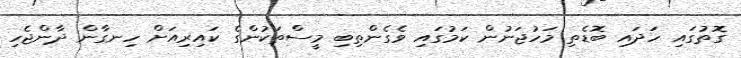
ގޮތުގައި ހަދައި ބޮޑެތި މަހުޖަނުން ކަމުގައި ވެގެންތިބި މީސްތަކުންގެ ކައިރިއަށް ހިނގާން ދާންޖެހި